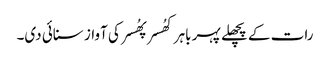
رات کے پچھلے پہر باہر کھُسر پھُسر کی آواز سنائی دی۔